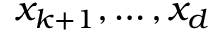
x _ { k + 1 } , \ldots , x _ { d }